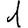
Digit: 1